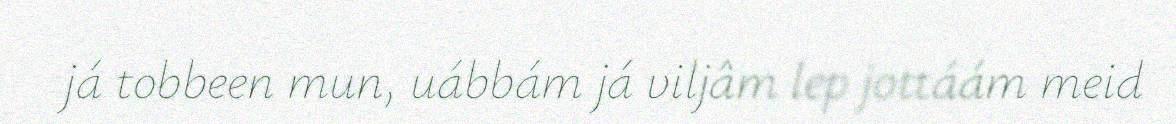
já tobbeen mun, uábbám já viljâm lep jottáám meid